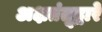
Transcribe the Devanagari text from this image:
अक्षतंतूद्वारे